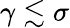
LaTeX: \gamma\lesssim\sigma